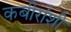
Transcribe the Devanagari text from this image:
कबीरांशी